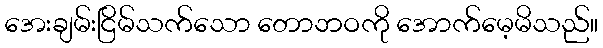
အေးချမ်းငြိမ်သက်သော တောဘဝကို အောက်မေ့မိသည်။